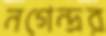
নগেন্দ্রর